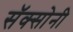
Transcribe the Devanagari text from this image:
सॅक्सोनी